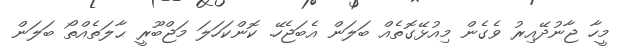
މީހާ ޖާނުދޭއިރު ވެގެން މިއުޅޭގޮތެއް ބަލަން އެބަޖެހޭ. ކޮންކަހަލަ މަޖްބޫރީ ޙާލަތެއްތޯ ބަލަން